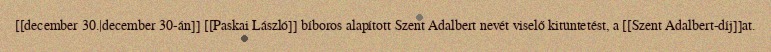
[[december 30.|december 30-án]] [[Paskai László]] bíboros alapított Szent Adalbert nevét viselő kitüntetést, a [[Szent Adalbert-díj]]at.